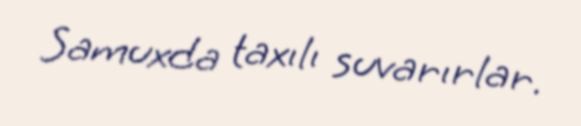
Samuxda taxılı suvarırlar.